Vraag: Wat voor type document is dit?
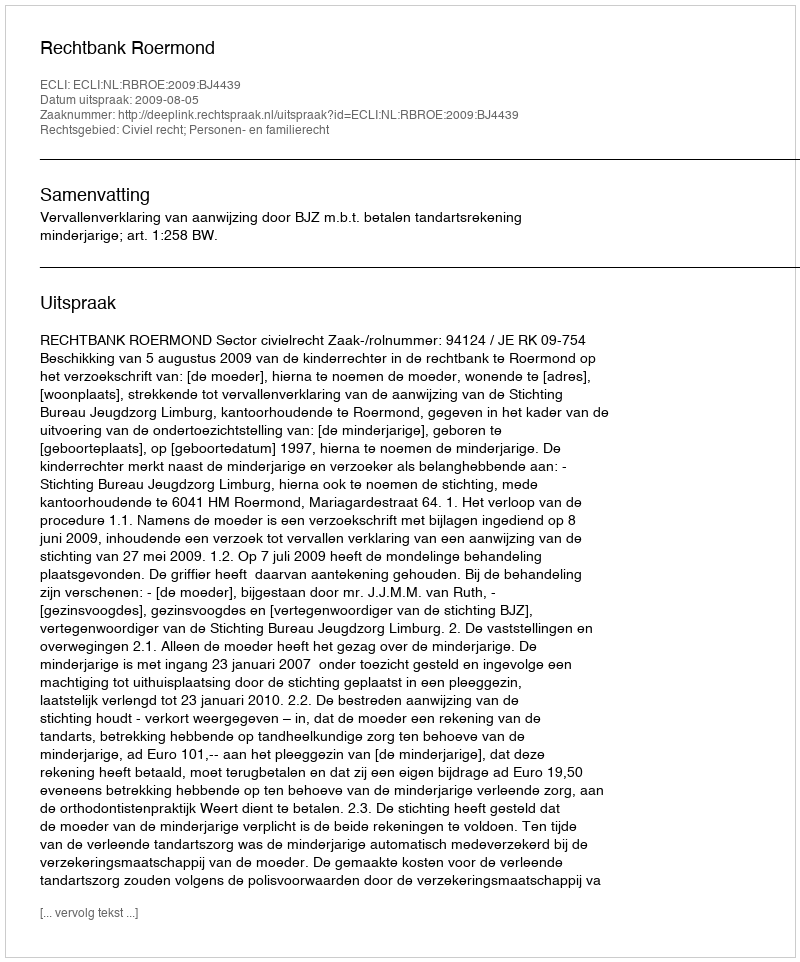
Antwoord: Uitspraak